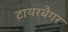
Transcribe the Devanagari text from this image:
टायरबैगर